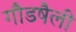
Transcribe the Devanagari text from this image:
गौडषैली